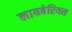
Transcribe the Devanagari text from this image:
लायबेरियस